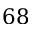
6 8